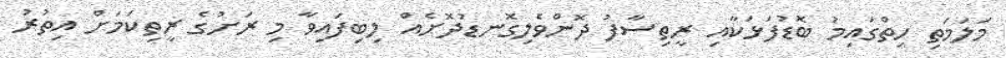
މަލަމަތި ހިތްގައިމު ބޮޑުފަޅަކާއި ރީތިސާފު ދޮންވެލިގޮނޑުދޮށެއް ލިބިފައިވާ މި ރަށުގެ ރީތިކަމަށް އިތުރު